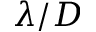
\lambda / D